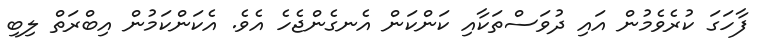
ފާހަގަ ކުރެވެމުން އައި ދުވަސްތަކާއި ކަންކަން އެނގެންޖެހެ އެވެ. އެކަންކަމުން އިބްރަތް ލިބި